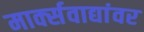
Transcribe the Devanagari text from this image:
मार्क्‍सवाद्यांवर